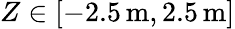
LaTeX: Z\in[-2.5\, \mathrm{m},2.5\, \mathrm{m}]